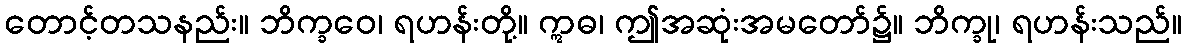
တောင့်တသနည်း။ ဘိက္ခဝေ၊ ရဟန်းတို့။ ဣဓ၊ ဤအဆုံးအမတော်၌။ ဘိက္ခု၊ ရဟန်းသည်။